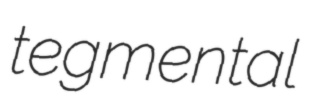
tegmental